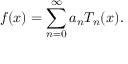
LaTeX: f ( x ) = \sum _ { n = 0 } ^ { \infty } a _ { n } T _ { n } ( x ) .